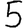
Digit: 5